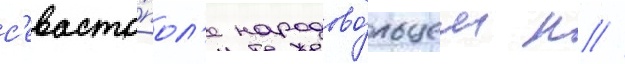
с'евасто́пол'е народово́льцем н //